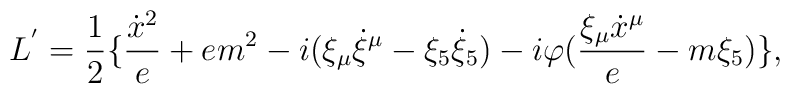
L^{'}={1\over 2}\{ {{{\dot x}^2}\over e}+em^2-i(\xi_{\mu}{\dot \xi}^{\mu}-\xi_5{\dot \xi}_5)-i\varphi ({{\xi_{\mu}{\dot x}^{\mu}}\over e}-m\xi_5) \},